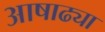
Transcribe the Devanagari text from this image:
आषाढ्या